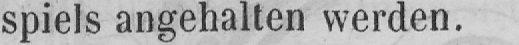
spiels angehalten werden.